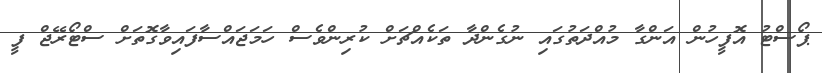
ޕޯސްޓު އޮފީހުން އަންގާ މުއްދަތުގައި ނުގެންދާ ތަކެއްޗަށް ކުރިންވެސް ހަމަޖައްސާފައިވާގޮތަށް ސްޓޯރޭޖް ފީ